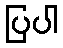
ပြပါ